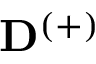
\mathbf { D } ^ { ( + ) }